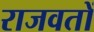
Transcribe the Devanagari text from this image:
राजवतों